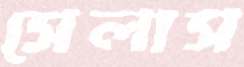
সেলাস